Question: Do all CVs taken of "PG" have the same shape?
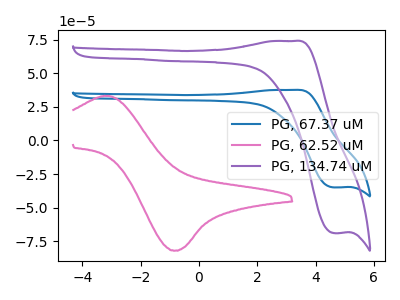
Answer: <think>The blue curve "PG, 67.37 uM" has an anodic peak at (3.25V, 37.50uA) and a cathodic peak at (4.65V, -34.95uA). The pink curve "PG, 62.52 uM" has an anodic peak at (-3.05V, 33.00uA) and a cathodic peak at (-0.80V, -81.95uA). The purple curve "PG, 134.74 uM" has an anodic peak at (3.25V, 73.90uA) and a cathodic peak at (4.65V, -68.95uA).
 "PG, 67.37 uM" and "PG, 62.52 uM" have at least one peak that do not match. All the peaks in "PG, 67.37 uM" have a peak in "PG, 134.74 uM" at the same potential. Every peak in "PG, 67.37 uM" is lower than every peak in "PG, 134.74 uM". "PG, 62.52 uM" and "PG, 134.74 uM" have at least one peak that do not match.</think>
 <answer>All the CV's of "PG" have similar shape.</answer>
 <eval>follow_rule</eval>